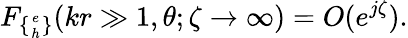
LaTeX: F_{\{ {e\atop h}\} }(kr\gg 1,\theta;\zeta\to\infty)=O(e^{j\zeta}).